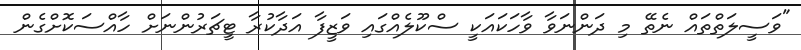
"ވަސީލަތްތައް ނެތޭ މި ދަންނަވާ ވާހަކައަކީ ސްކޫލެއްގައި ވަޒީފާ އަދާކުރާ ޓީޗަރުންނަށް ހާއްސަކޮށްގެން